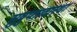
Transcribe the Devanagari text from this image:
सुषुप्तावास्था